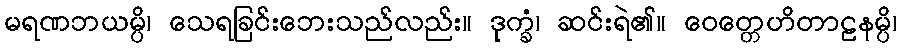
မရဏဘယမ္ပိ၊ သေရခြင်းဘေးသည်လည်း။ ဒုက္ခံ၊ ဆင်းရဲ၏။ ဝေတ္တေဟိတာဠနမ္ပိ၊